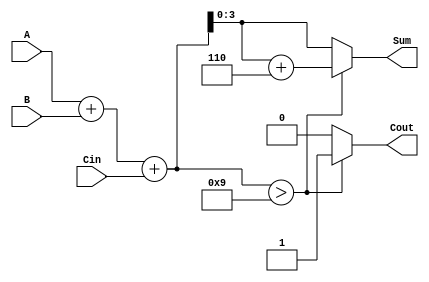
module BCD_Hybrid_Adder (
    input  wire [3:0] A,      // First BCD digit
    input  wire [3:0] B,      // Second BCD digit
    input  wire Cin,          // Carry input
    output reg  [3:0] Sum,    // BCD sum output
    output reg  Cout          // Carry output
);

    // Internal signals
    wire [4:0] binary_sum;    // 5-bit sum to accommodate carry
    wire correction_needed;     // Flag to indicate if correction is needed

    // Binary addition of A, B and Cin
    assign binary_sum = A + B + Cin;

    // Determine if correction is needed (if binary sum > 9)
    assign correction_needed = binary_sum > 5'b01001; // 9 in binary

    always @(*) begin
        if (correction_needed) begin
            // If correction is needed, add 6 (4'b0110)
            Sum = binary_sum + 5'b00110; // Add 6 to the binary sum
            Cout = 1'b1;                  // Set carry out
        end else begin
            Sum = binary_sum[3:0];        // Take the lower 4 bits as the sum
            Cout = 1'b0;                  // No carry out
        end
    end

endmodule